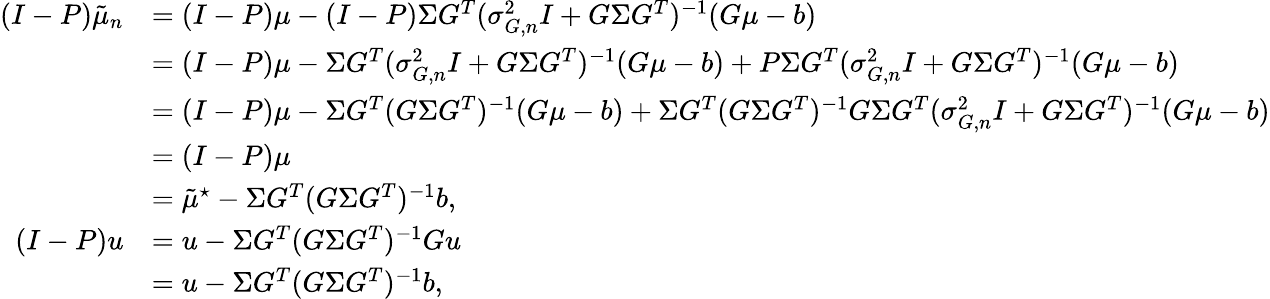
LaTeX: \begin{array}{rl}{(I-P)\tilde{\mu}_{n}}&{=(I-P)\mu-(I-P)\Sigma G^{T}(\sigma_{G,n}^{2}I+G\Sigma G^{T})^{-1}(G\mu-b)}\\ &{=(I-P)\mu-\Sigma G^{T}(\sigma_{G,n}^{2}I+G\Sigma G^{T})^{-1}(G\mu-b)+P\Sigma G^{T}(\sigma_{G,n}^{2}I+G\Sigma G^{T})^{-1}(G\mu-b)}\\ &{=(I-P)\mu-\Sigma G^{T}(G\Sigma G^{T})^{-1}(G\mu-b)+\Sigma G^{T}(G\Sigma G^{T})^{-1}G\Sigma G^{T}(\sigma_{G,n}^{2}I+G\Sigma G^{T})^{-1}(G\mu-b)}\\ &{=(I-P)\mu}\\ &{=\tilde{\mu}^{\star}-\Sigma G^{T}(G\Sigma G^{T})^{-1}b,}\\ {(I-P)u}&{=u-\Sigma G^{T}(G\Sigma G^{T})^{-1}Gu}\\ &{=u-\Sigma G^{T}(G\Sigma G^{T})^{-1}b,}\end{array}